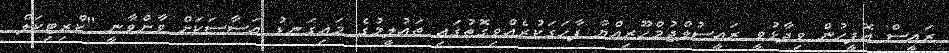
ރައީސް އޮފީހުން ވިދާޅުވީ ރައީސުލްޖުމްހޫރިއްޔާ ފާހަގަކުރެއްވިގޮތުގައި ތަޢުލީމުގެ މައިގަނޑު އަސާސަކަށް ވާންވާނީ "ކްރިޓިކަލް